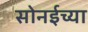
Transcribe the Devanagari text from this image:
सोनईच्या